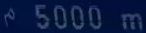
5000 m